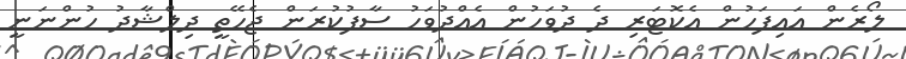
ލޯރެން އައިފަހުން އެކޮޓަރި ދެ ދުވަހުން އެއްދުވަހު ސާފުކުރަން ޖެހޭތީ ދިލްޝާދު ހުންނަނީ